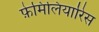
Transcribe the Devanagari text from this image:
फ़ेमिलियारिस